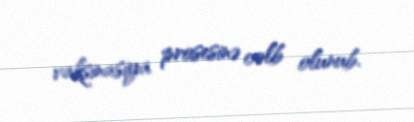
vaksinasiya prosesinə cəlb olunub.